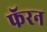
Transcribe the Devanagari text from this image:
फॅरन